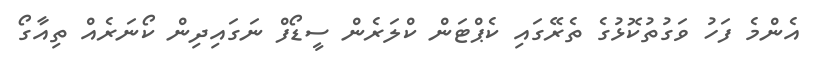
އެންމެ ފަހު ވަގުތުކޮޅުގެ ތެރޭގައި ކެޕްޓަން ކްލަރެން ސީޑޯފް ނަގައިދިން ކޯނަރެއް ތިއާގޯ